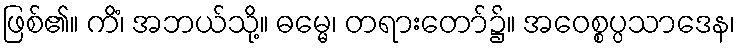
ဖြစ်၏။ ကိံ၊ အဘယ်သို့။ ဓမ္မေ၊ တရားတော်၌။ အဝေစ္စပ္ပသာဒေန၊